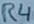
Text: R4